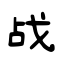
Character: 战